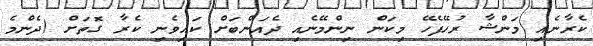
ކެރާނެއި މަންޝާ ރުހޭފެހޭ މިކަން ނިންމޭނެއި ދެއަންބަށް ކައިވެނި ކެރާ ގޮތަށް (ދެންމެ